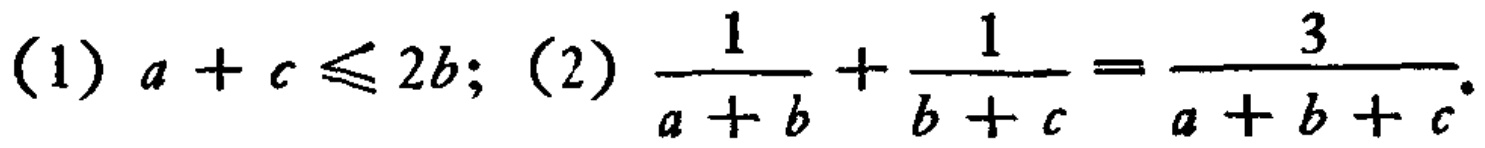
(1) \(a + c \leq 2b\); (2) \(\frac{1}{a + b}+\frac{1}{b + c}=\frac{3}{a + b + c}\).